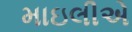
માઇલીએ